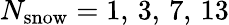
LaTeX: N_{\mathrm{snow}}=1,\, 3,\, 7,\, 13